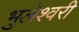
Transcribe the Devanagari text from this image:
भुलेश्वरी